system: You are a helpful assistant.
user:
Analyze the provided spectrum to determine if it is a **S-type Star**.

- **Key Indicators for S-type Star:**

    - **(Overall Spectrum Shape):** The first and most obvious characteristic is the overall continuum (the "baseline" shape). It is **extremely "red-sloping,"** meaning the flux (light intensity) is very low on the left side (blue, ~4000-4500 Å) and rises steeply and continuously toward the right side (red, ~7000 Å+).

    - **(Primary):** The spectrum is defined by the presence of strong, broad molecular absorption "valleys" (bands) from **Zirconium Oxide (ZrO)**. The identification of these bands is the **primary requirement** for classifying a star as S-type.
        - **(Key Bandheads):** You must find distinct, deep "dips" where the light has been absorbed. The most critical band systems to locate are:
            - **~6474 Å** ($\gamma$-system): This is often the strongest and clearest ZrO feature, found in the red part of the spectrum.
            - **~5718 Å** & **~5551 Å** ($\beta$-system): A pair of prominent absorption features in the yellow-orange part of the spectrum.
            - **~4640 Å** ($\alpha$-system): A key absorption band system in the blue-green region of the spectrum.

    - **(Secondary Confirmation):** The classification is strengthened by finding additional absorption bands from other related heavy element oxides, which are expected to be present alongside ZrO.
        - **(Key Bandheads):**
            - **Yttrium Oxide (YO):** Look for absorption dips near **~4800 Å** and **~6100 Å**.
            - **Lanthanum Oxide (LaO):** Additional absorption features, particularly in the red-orange part of the spectrum, are also characteristic.

    - **(Line Profile):** The combination of the steep red continuum and these numerous, deep molecular bands (ZrO, YO, etc.) gives the entire spectrum a very **"chopped-up"** or **"bumpy"** appearance. Instead of a smooth curve, the spectrum looks as though large, wide chunks of light have been "carved out" of it at the specific wavelengths listed above.

Think first, call **spectral_visualization_tool** if needed to examine features in detail, then provide your final answer. Your response must adhere to the following strict rules:
1.  **Overall Structure:** Your response must follow the format `<think>...</think> <tool_call>...</tool_call> (if a tool is used) <answer>...</answer>`.
2.  **Tool Usage Constraint:** You may only make **one** tool call per turn.
3.  **Final Answer Format:** In the `<answer>` tag, your conclusion must be inside a `\boxed{}` command (e.g., `\boxed{YES}` or `\boxed{NO}`), followed by your justification.

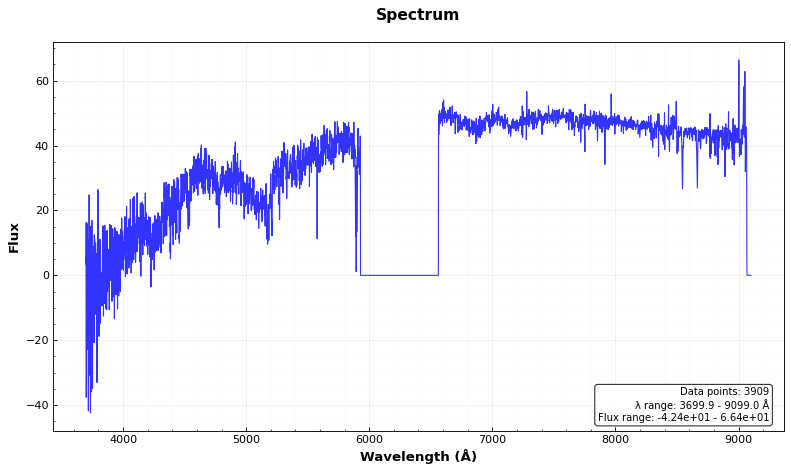
Answer: NO